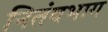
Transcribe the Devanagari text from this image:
नितंबभाग